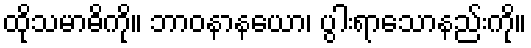
ထိုသမာဓိကို။ ဘာဝနာနယော၊ ပွါးရာသောနည်းကို။